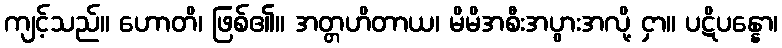
ကျင့်သည်။ ဟောတိ၊ ဖြစ်၏။ အတ္တဟိတာယ၊ မိမိအစီးအပွားအလို့ ငှာ။ ပဋိပန္နော၊